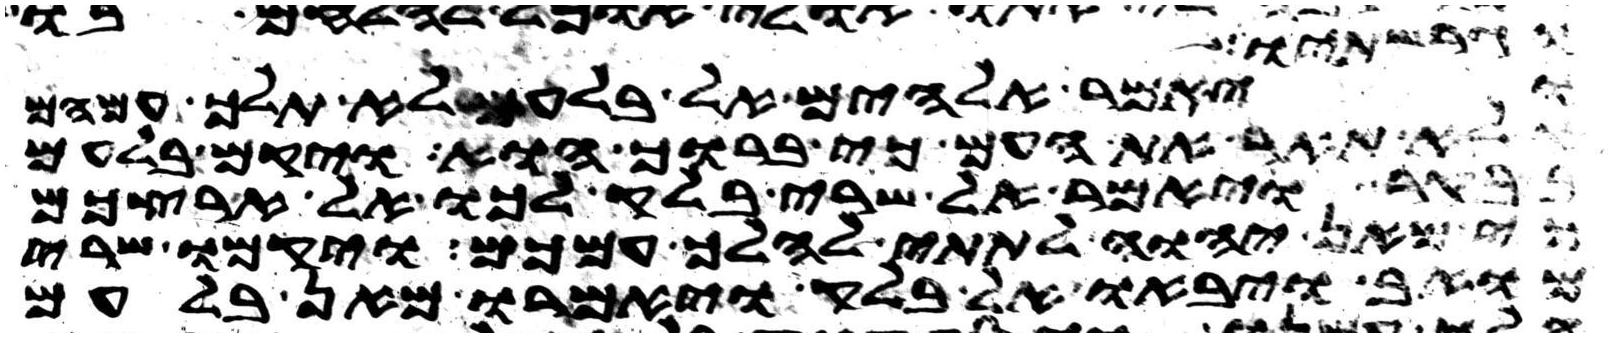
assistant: וגרשתיו
ויאמר אלהים אל בלעם לא תלך עמהם
ולא תאר את העם כי ברוך הוא ויקם בלעם
בבקר ויאמר אל שרי בלק לכו אל ארצכם
כי מאן יהוה לתתי להלך עמכם ויקמו שרי
מואב ויבאו אל בלק ויאמרו מאן בלעם